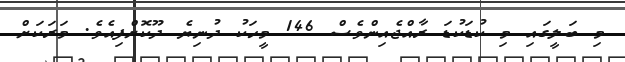
މި ބަލީގައި މި ކުޑަކުޑަ ރާއްޖެއިންވެސް 146 މީހަކު ދުނިޔެ ދޫކޮށްފިއެވެ. މަރަަކަށް